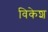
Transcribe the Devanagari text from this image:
विकेश